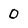
Character: 0